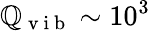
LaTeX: \mathbb{Q}_{\mathrm{{~v~i~b~}}}\sim10^{3}